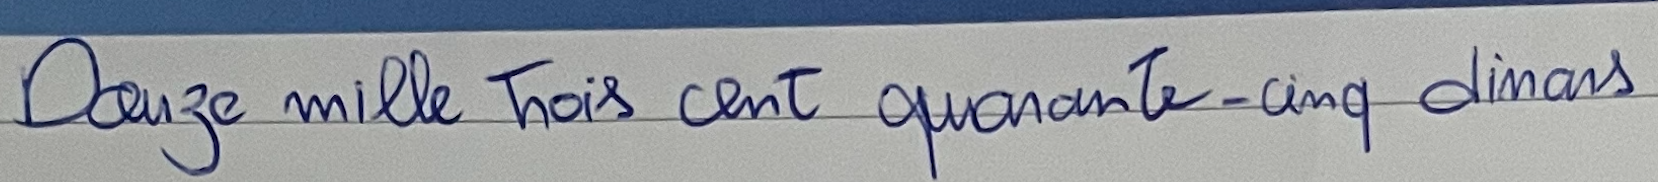
Douze mille Trois cent quarante-cinq dinars